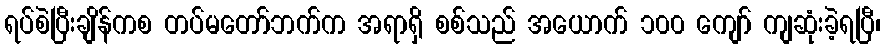
ရပ်စဲပြီးချိန်ကစ တပ်မတော်ဘက်က အရာရှိ စစ်သည် အယောက် ၁၀၀ ကျော် ကျဆုံးခဲ့ရပြီ၊